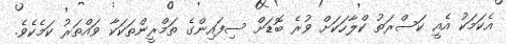
އެކަމަކު އެއީ ކަސްރަތު ކްލާހަކަށް ވުރެ ބޮޑަށް ސިފައިންގެ ތަމްރީންތަކަކާ ވައްތަރު ކަމެކެވެ.